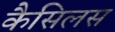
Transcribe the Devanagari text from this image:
कैसिलस